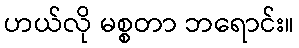
ဟယ်လို မစ္စတာ ဘရောင်း။